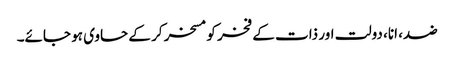
ضد، انا، دولت اور ذات کے فخر کو مسخر کر کے حاوی ہو جائے۔